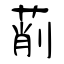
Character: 萷